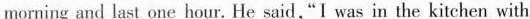
morning and last one hour. He said,"I was in the kitchen with